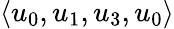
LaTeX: \langle u_{0},u_{1},u_{3},u_{0}\rangle